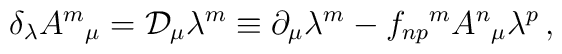
\delta_{\lambda} A^{m}{}_{\mu} = {\cal D}_{\mu} \lambda^{m}                                 \equiv\partial_{\mu} \lambda^{m}                              -f_{np}{}^{m} A^{n}{}_{\mu} \lambda^{p} \, ,